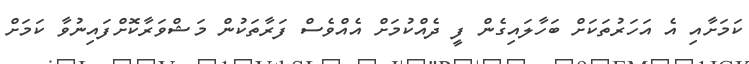
ކަމަށާއި އެ އަހަރުތަކަށް ބަހާލައިގެން ފީ ދެއްކުމަށް އެއްވެސް ފަރާތަކުން މަޝްވަރާކޮށްފައިނުވާ ކަމަށް